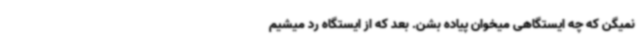
نمیگن که چه ایستگاهی میخوان پیاده بشن. بعد که از ایستگاه رد میشیم